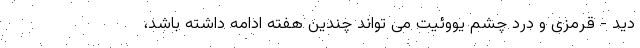
دید - قرمزی و درد چشم یووئیت می تواند چندین هفته ادامه داشته باشد،